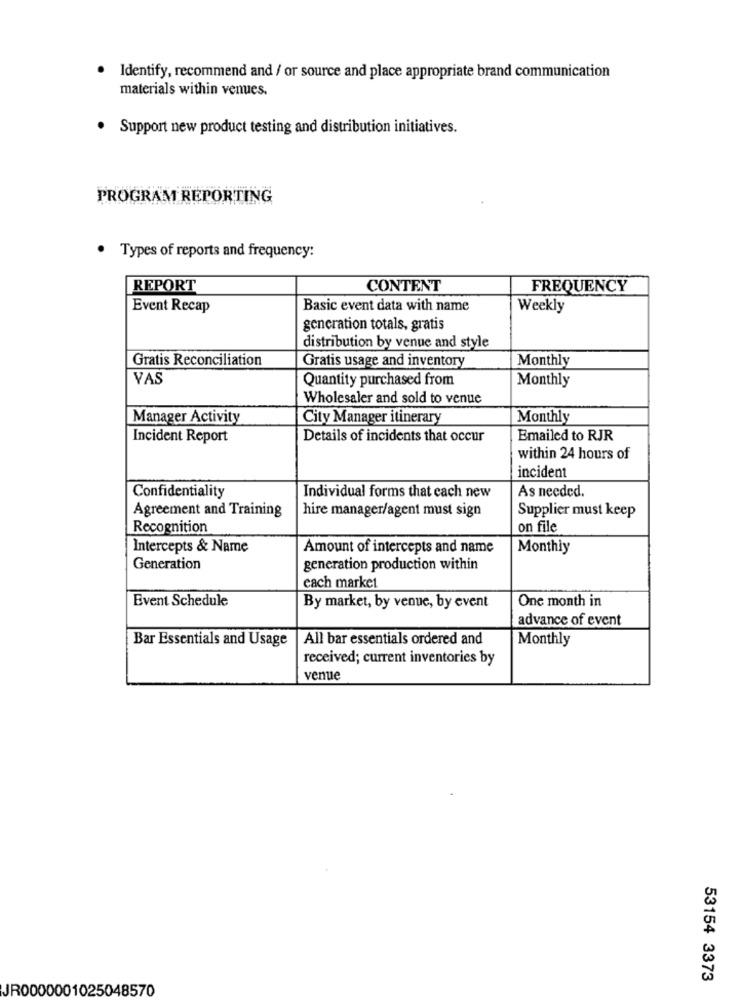
· Identify, recommend and / or source and place appropriate brand communication
materials within venues.
· Support new product testing and distribution initiatives.
PROGRAM REPORTING
· Types of reports and frequency:
REPORT
CONTENT
FREQUENCY
Event Recap
Basic event data with name
Weekly
generation totals, gratis
distribution by venue and style
Gratis Reconciliation
Gratis usage and inventory
Monthly
YAS
Quantity purchased from
Monthly
Wholesaler and sold to venue
Manager Activity
City Manager itinerary
Monthly
Incident Report
Details of incidents that occur
Emailed to RJR
within 24 hours of
incident
Confidentiality
Individual forms that each new
As needed.
Agreement and Training
hire manager/agent must sign
Supplier must keep
Recognition
on file
Intercepts & Name
Amount of intercepts and name
Monthly
Generation
generation production within
each market
Event Schedule
By market, by venue, by event
One month in
advance of event
Bar Essentials and Usage
All bar essentials ordered and
Monthly
received; current inventories by
venue
53154 3373
JR0000001025048570